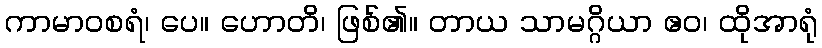
ကာမာဝစရံ၊ ပေ။ ဟောတိ၊ ဖြစ်၏။ တာယ သာမဂ္ဂိယာ ဧဝ၊ ထိုအာရုံ